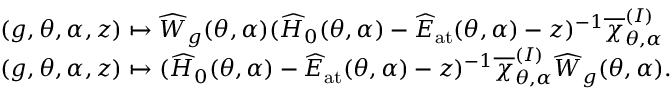
\begin{array} { r l } & { ( g , \theta , \alpha , z ) \mapsto \widehat { W } _ { g } ( \theta , \alpha ) ( \widehat { H } _ { 0 } ( \theta , \alpha ) - \widehat { E } _ { \mathrm { a t } } ( \theta , \alpha ) - z ) ^ { - 1 } \overline { { \chi } } _ { \theta , \alpha } ^ { ( I ) } } \\ & { ( g , \theta , \alpha , z ) \mapsto ( \widehat { H } _ { 0 } ( \theta , \alpha ) - \widehat { E } _ { \mathrm { a t } } ( \theta , \alpha ) - z ) ^ { - 1 } \overline { { \chi } } _ { \theta , \alpha } ^ { ( I ) } \widehat { W } _ { g } ( \theta , \alpha ) . } \end{array}